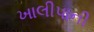
ખાલીપાની